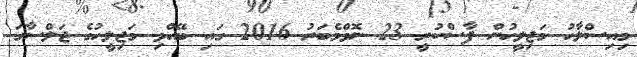
މިއިސްލާހު މަޖިލީހުން ފާސްކުރީ 23 ނޮވްމެބަރު 2016 ގައި ބޭއްވި މަޖިލީހުގެ ޖަލްސާގަ